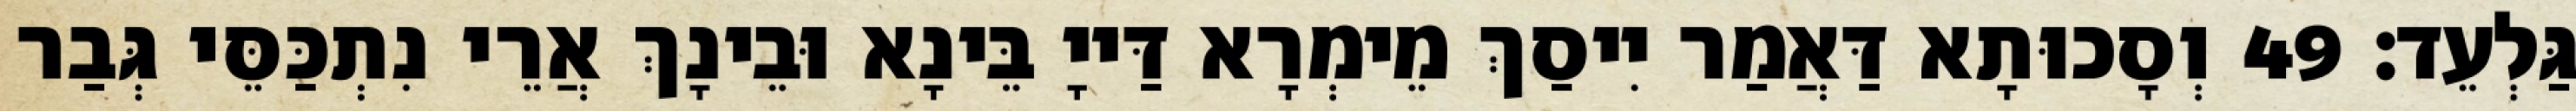
גַּלְעֵד׃ 49 וְסָכוּתָא דַּאֲמַר יִיסַךְ מֵימְרָא דַּייָ בֵּינָא וּבֵינָךְ אֲרֵי נִתְכַּסֵּי גְּבַר